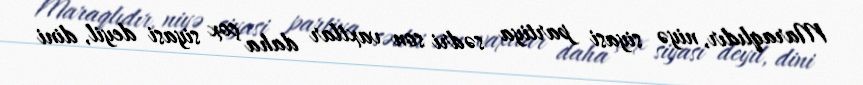
Maraqlıdır, niyə siyasi partiya sədri son vaxtlar daha çox siyasi deyil, dini